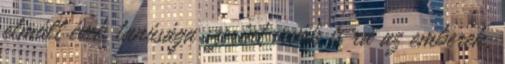
elmúlt évek tanúsága szerint vevők is rá az emberek.